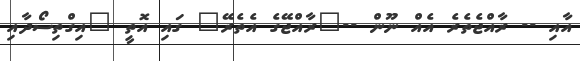
އާއި -- ރާއްޖެތެރެ އެއް ނޫން --"ރާއްޖޭގެ އެތެރޭ" ގައި އޮތީ "އިގްތިސޯދާއި